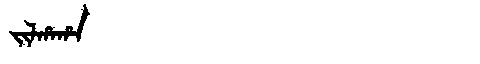
Manchu: ᠵᡳᠯᡥᠠᡥᠠ
Romanization: JILHAHA